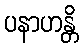
ပနာဟန္တိ